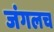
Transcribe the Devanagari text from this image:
जंगलच